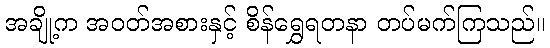
အချို့က အဝတ်အစားနှင့် စိန်ရွှေရတနာ တပ်မက်ကြသည်။